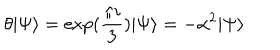
\theta \vert \Psi \rangle = \exp ( \frac { \pi i } { 3 } ) \vert \Psi \rangle = - \alpha ^ { 2 } \vert \Psi \rangle